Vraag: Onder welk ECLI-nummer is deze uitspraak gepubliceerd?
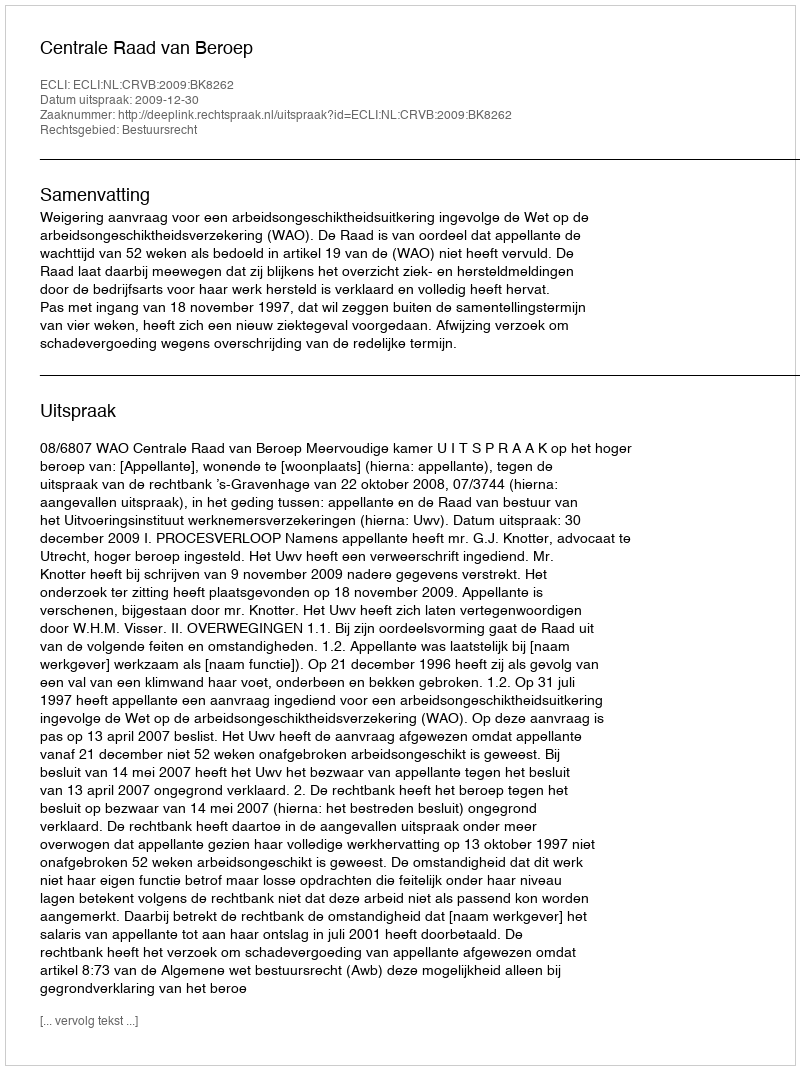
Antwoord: ECLI:NL:CRVB:2009:BK8262